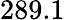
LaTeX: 289.1